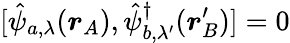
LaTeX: [\hat{\psi}_{a,\lambda}(\boldsymbol{r}_{A}),\hat{\psi}_{b,\lambda^{\prime}}^{\dagger}(\boldsymbol{r}_{B}^{\prime})]=0